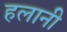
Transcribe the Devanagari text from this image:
हलानी